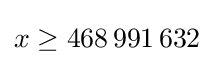
x\geq 468\,991\,632